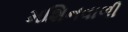
મશિનવાળી